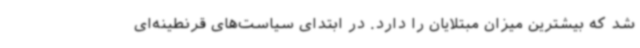
شد که بیشترین میزان مبتلایان را دارد. در ابتدای سیاست‌های قرنطینه‌ای